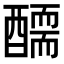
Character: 𨢾